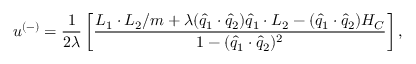
u ^ { ( - ) } = \frac { 1 } { 2 \lambda } \left[ \frac { L _ { 1 } \cdot L _ { 2 } / m + \lambda ( \widehat { q } _ { 1 } \cdot \widehat { q } _ { 2 } ) \widehat { q } _ { 1 } \cdot L _ { 2 } - ( \widehat { q } _ { 1 } \cdot \widehat { q } _ { 2 } ) H _ { C } } { 1 - ( \widehat { q } _ { 1 } \cdot \widehat { q } _ { 2 } ) ^ { 2 } } \right] ,